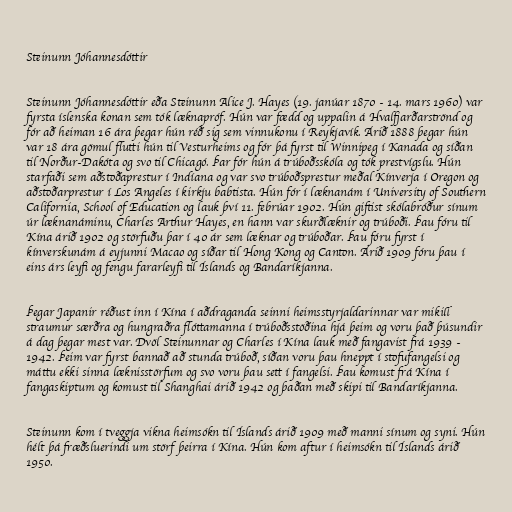
Steinunn Jóhannesdóttir

Steinunn Jóhannesdóttir eða Steinunn Alice J. Hayes (19. janúar 1870 - 14. mars 1960) var
fyrsta íslenska konan sem tók læknapróf. Hún var fædd og uppalin á Hvalfjarðarströnd og
fór að heiman 16 ára þegar hún réð sig sem vinnukonu í Reykjavík. Árið 1888 þegar hún
var 18 ára gömul flutti hún til Vesturheims og fór þá fyrst til Winnipeg í Kanada og síðan
til Norður-Dakóta og svo til Chicagó. Þar fór hún á trúboðsskóla og tók prestvígslu. Hún
starfaði sem aðstoðaprestur í Indíana og var svo trúboðsprestur meðal Kínverja í Oregon og
aðstoðarprestur í Los Angeles í kirkju babtista. Hún fór í læknanám í University of Southern
California, School of Education og lauk því 11. febrúar 1902. Hún giftist skólabróður sínum
úr læknanáminu, Charles Arthur Hayes, en hann var skurðlæknir og trúboði. Þau fóru til
Kína árið 1902 og störfuðu þar í 40 ár sem læknar og trúboðar. Þau fóru fyrst í
kínverskunám á eyjunni Macao og síðar til Hong Kong og Canton. Árið 1909 fóru þau í
eins árs leyfi og fengu fararleyfi til Íslands og Bandaríkjanna.

Þegar Japanir réðust inn í Kína í aðdraganda seinni heimsstyrjaldarinnar var mikill
straumur særðra og hungraðra flóttamanna í trúboðsstöðina hjá þeim og voru það þúsundir
á dag þegar mest var. Dvöl Steinunnar og Charles í Kína lauk með fangavist frá 1939 -
1942. Þeim var fyrst bannað að stunda trúboð, síðan voru þau hneppt í stofufangelsi og
máttu ekki sinna læknisstörfum og svo voru þau sett í fangelsi. Þau komust frá Kína í
fangaskiptum og komust til Shanghai árið 1942 og þaðan með skipi til Bandaríkjanna.

Steinunn kom í tveggja vikna heimsókn til Íslands árið 1909 með manni sínum og syni. Hún
hélt þá fræðsluerindi um störf þeirra í Kína. Hún kom aftur í heimsókn til Íslands árið
1950.